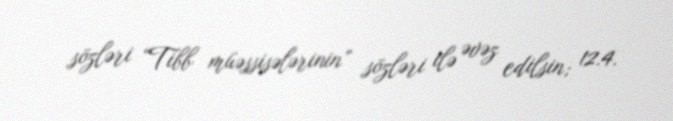
sözləri “Tibb müəssisələrinin” sözləri ilə əvəz edilsin; 12.4.